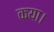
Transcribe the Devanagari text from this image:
कया।